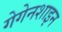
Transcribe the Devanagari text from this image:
गेगेनशाइन